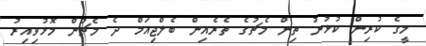
މީގެ ކުރިން ކުޅުނު ތިން މެޗުގެ ތެރެއިން ބެލްޖިއަމް ދެ މެޗުން މޮޅުވިއިރު